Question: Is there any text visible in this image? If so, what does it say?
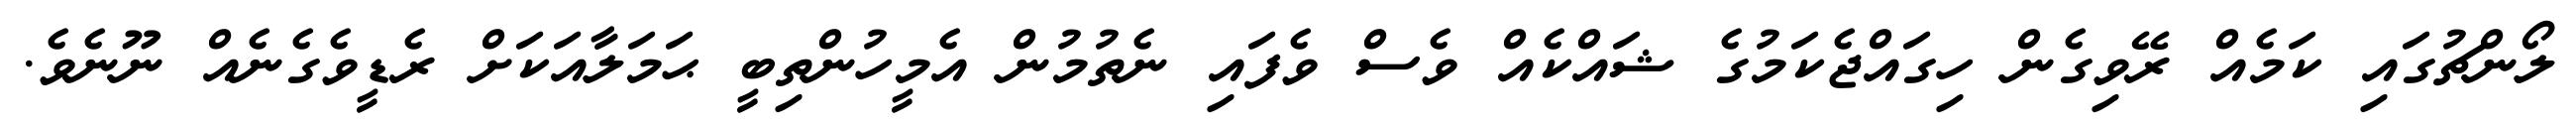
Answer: ލޯންޗުގައި ކަމެއް ރޭވިގެން ހިގައްޖެކަމުގެ ޝައްކެއް ވެސް ވެފައި ނެތުމުން އެމީހުންތިބީ ޙަމަލާއަކަށް ރެޑީވެގެނެއް ނޫނެވެ.